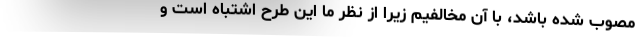
مصوب شده باشد، با آن مخالفیم زیرا از نظر ما این طرح اشتباه است و